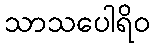
သာသပေါရိဝ